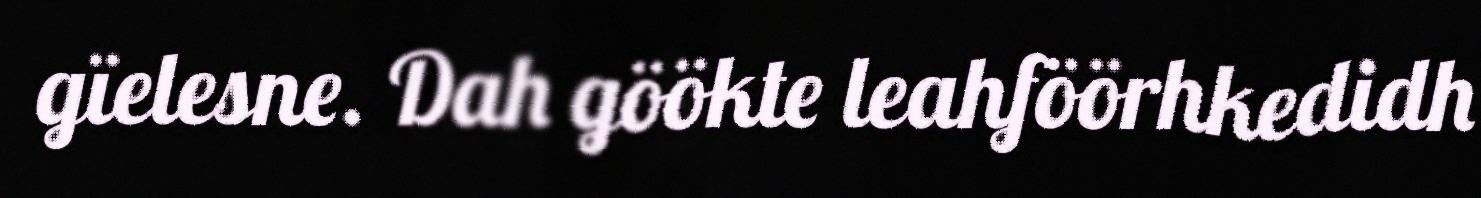
gïelesne. Dah göökte leahföörhkedidh